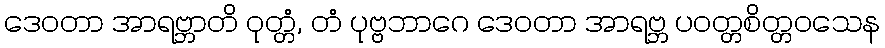
ဒေဝတာ အာရဗ္ဘာတိ ဝုတ္တံ, တံ ပုဗ္ဗဘာဂေ ဒေဝတာ အာရဗ္ဘ ပဝတ္တစိတ္တဝသေန